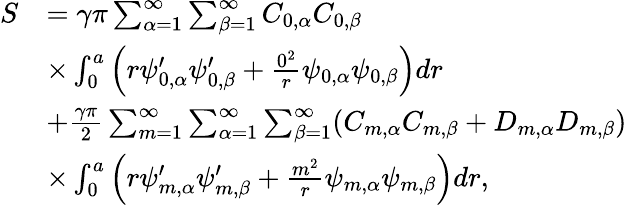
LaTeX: \begin{array}{rl}{S}&{=\gamma\pi\sum_{\alpha=1}^{\infty}\sum_{\beta=1}^{\infty}C_{0,\alpha}C_{0,\beta}}\\ &{\times\int_{0}^{a}\left(r\psi_{0,\alpha}^{\prime}\psi_{0,\beta}^{\prime}+\frac{0^{2}}{r}\psi_{0,\alpha}\psi_{0,\beta}\right)dr}\\ &{+\frac{\gamma\pi}{2}\sum_{m=1}^{\infty}\sum_{\alpha=1}^{\infty}\sum_{\beta=1}^{\infty}(C_{m,\alpha}C_{m,\beta}+D_{m,\alpha}D_{m,\beta})}\\ &{\times\int_{0}^{a}\left(r\psi_{m,\alpha}^{\prime}\psi_{m,\beta}^{\prime}+\frac{m^{2}}{r}\psi_{m,\alpha}\psi_{m,\beta}\right)dr,}\end{array}